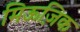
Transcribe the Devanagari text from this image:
मिऊज़िक